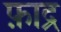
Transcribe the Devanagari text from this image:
फ़ाद्र